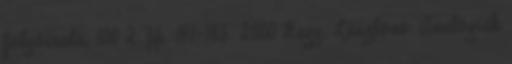
folyóirata, 100 2. pp. 141-185. 2000 Nagy, Lászlóné: Analógiák